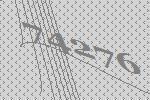
74276